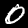
Label: 0